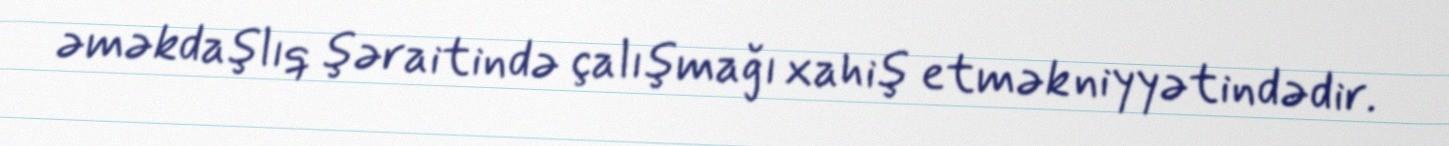
əməkdaşlıq şəraitində çalışmağı xahiş etmək niyyətindədir.